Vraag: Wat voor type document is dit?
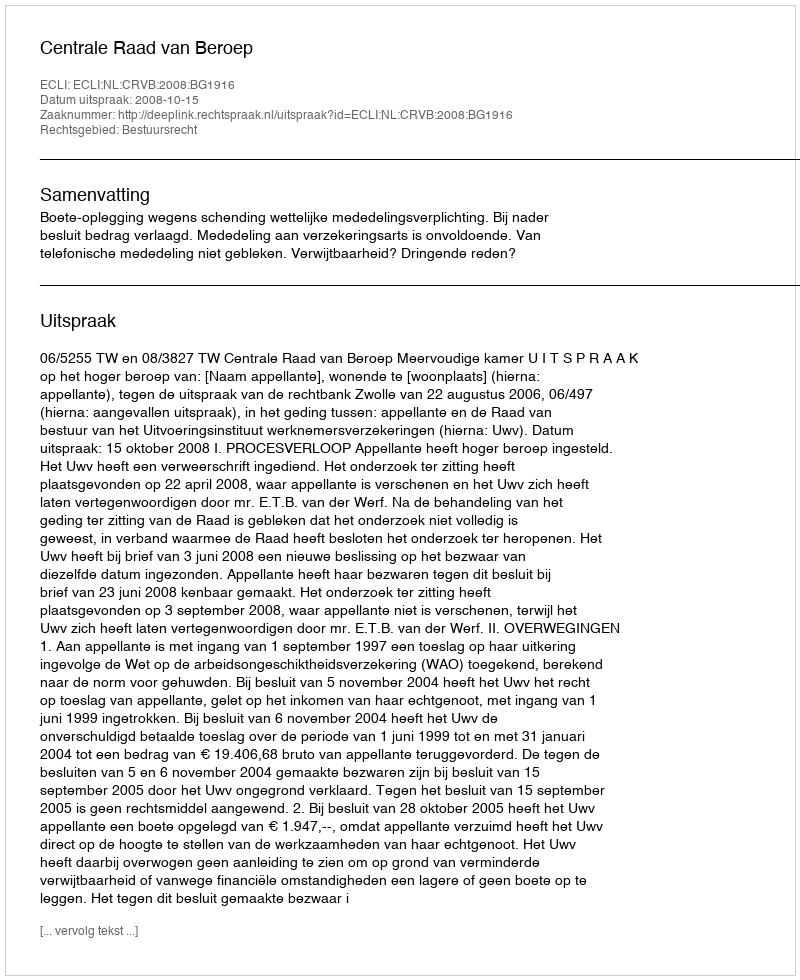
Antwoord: Uitspraak